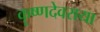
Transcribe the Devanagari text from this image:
कॄष्णदेवराया